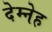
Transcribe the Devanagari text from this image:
देम्नेह